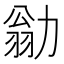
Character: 勜